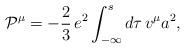
LaTeX: \begin{align*}{\cal P}_{{}}^{\mu }=-{{\frac{2}{3}}}\,e^{2}\int_{-\infty }^{s}d\tau\,v^{\mu }a^{2}, \end{align*}